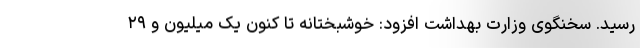
رسید. سخنگوی وزارت بهداشت افزود: خوشبختانه تا کنون یک میلیون و ۲۹